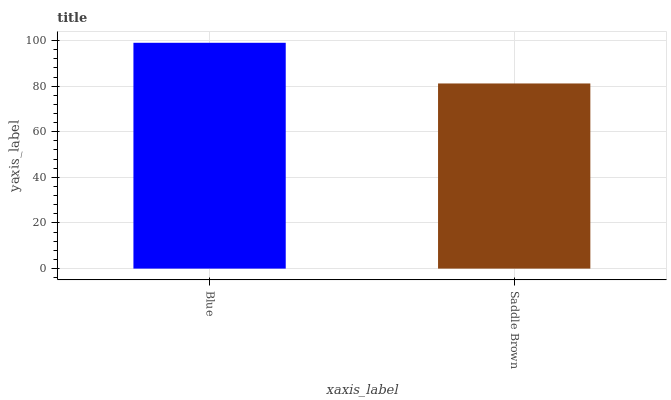
| xaxis_label | bars |
 | --- | --- |
 | Blue | 99 |
 | Saddle Brown | 81.2 |